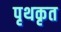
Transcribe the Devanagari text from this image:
पृथकृत